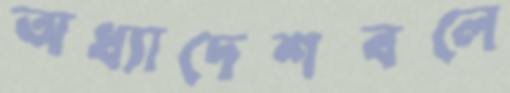
অধ্যাদেশবলে